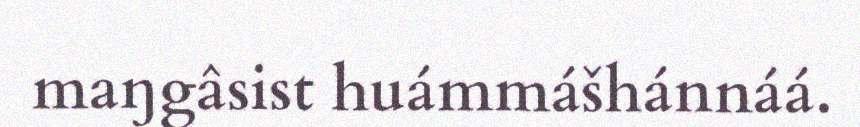
maŋgâsist huámmášhánnáá.